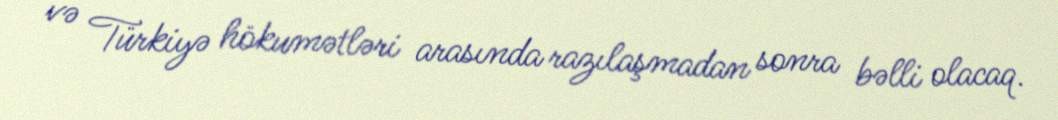
və Türkiyə hökumətləri arasında razılaşmadan sonra bəlli olacaq.